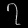
Digit: ၇